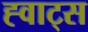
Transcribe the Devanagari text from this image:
ह्वाट्‍स